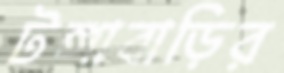
টঙ্গাবাড়ির